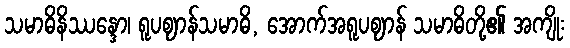
သမာဓိနိဿန္ဒော၊ ရူပဈာန်သမာဓိ, အောက်အရူပဈာန် သမာဓိတို့၏ အကျိုး